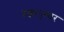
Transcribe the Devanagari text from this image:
हक्कानुसार